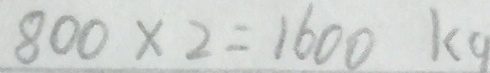
8 0 0 \times 2 = 1 6 0 0 k g